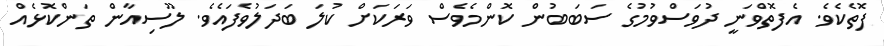
ފޮތެކެވެ. އެފޮތްވަނީ ދުވަސްވުމުގެ ސަބަބުން ކޮންމެވެސް ވަރަކަށް ކުލަ ބަދަލުވެފައެވެ. ލޫސިއާން ތަންކޮޅެއް